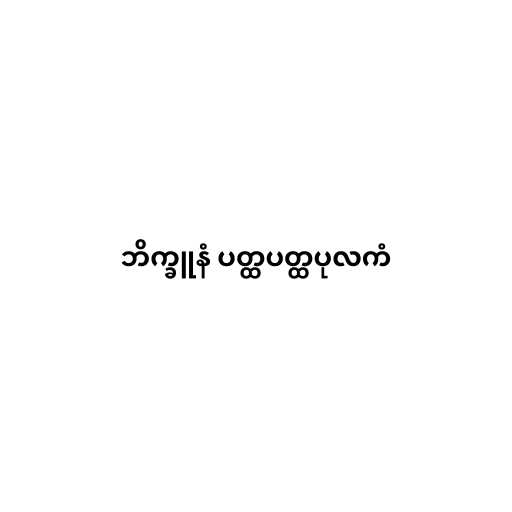
ဘိက္ခူနံ ပတ္ထပတ္ထပုလကံ